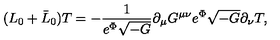
( L _ { 0 } + \bar { L } _ { 0 } ) T = - \frac { 1 } { e ^ { \Phi } \sqrt { - G } } \partial _ { \mu } G ^ { \mu \nu } e ^ { \Phi } \sqrt { - G } \partial _ { \nu } T ,